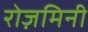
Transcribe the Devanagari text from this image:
रोज़मिनी